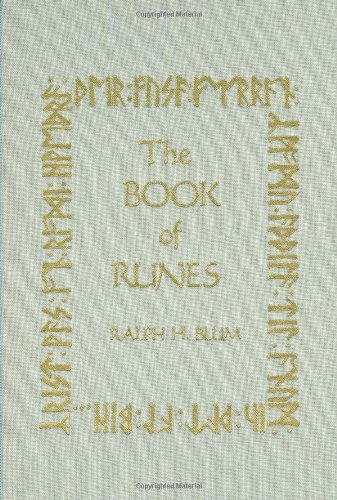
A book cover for The Book of Runes, 25th Anniversary Edition; Ralph H. Blum; Religion & Spirituality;